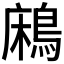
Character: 𪁱